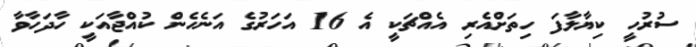
ސުރުހީ ކިޔާލާފަ ހިތަށްއެރި އެއްޗަކީ އެ 16 އަހަރުގެ އަނެހެން ކުއްޖާއަކީ ހާދަހާވާ